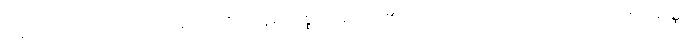
တည်ကြည်သောသဘော ရှိသောပုဂ္ဂိုလ်ဟူ၍။ ဝုစ္စတိ၊ ဆိုအပ်၏။ ယောပုဂ္ဂလော၊ အကြင်ပုဂ္ဂိုလ်သည်။ တိဏ္ဏော၊